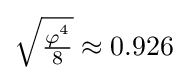
{\sqrt {\tfrac {\varphi ^{4}}{8}}}\approx 0.926